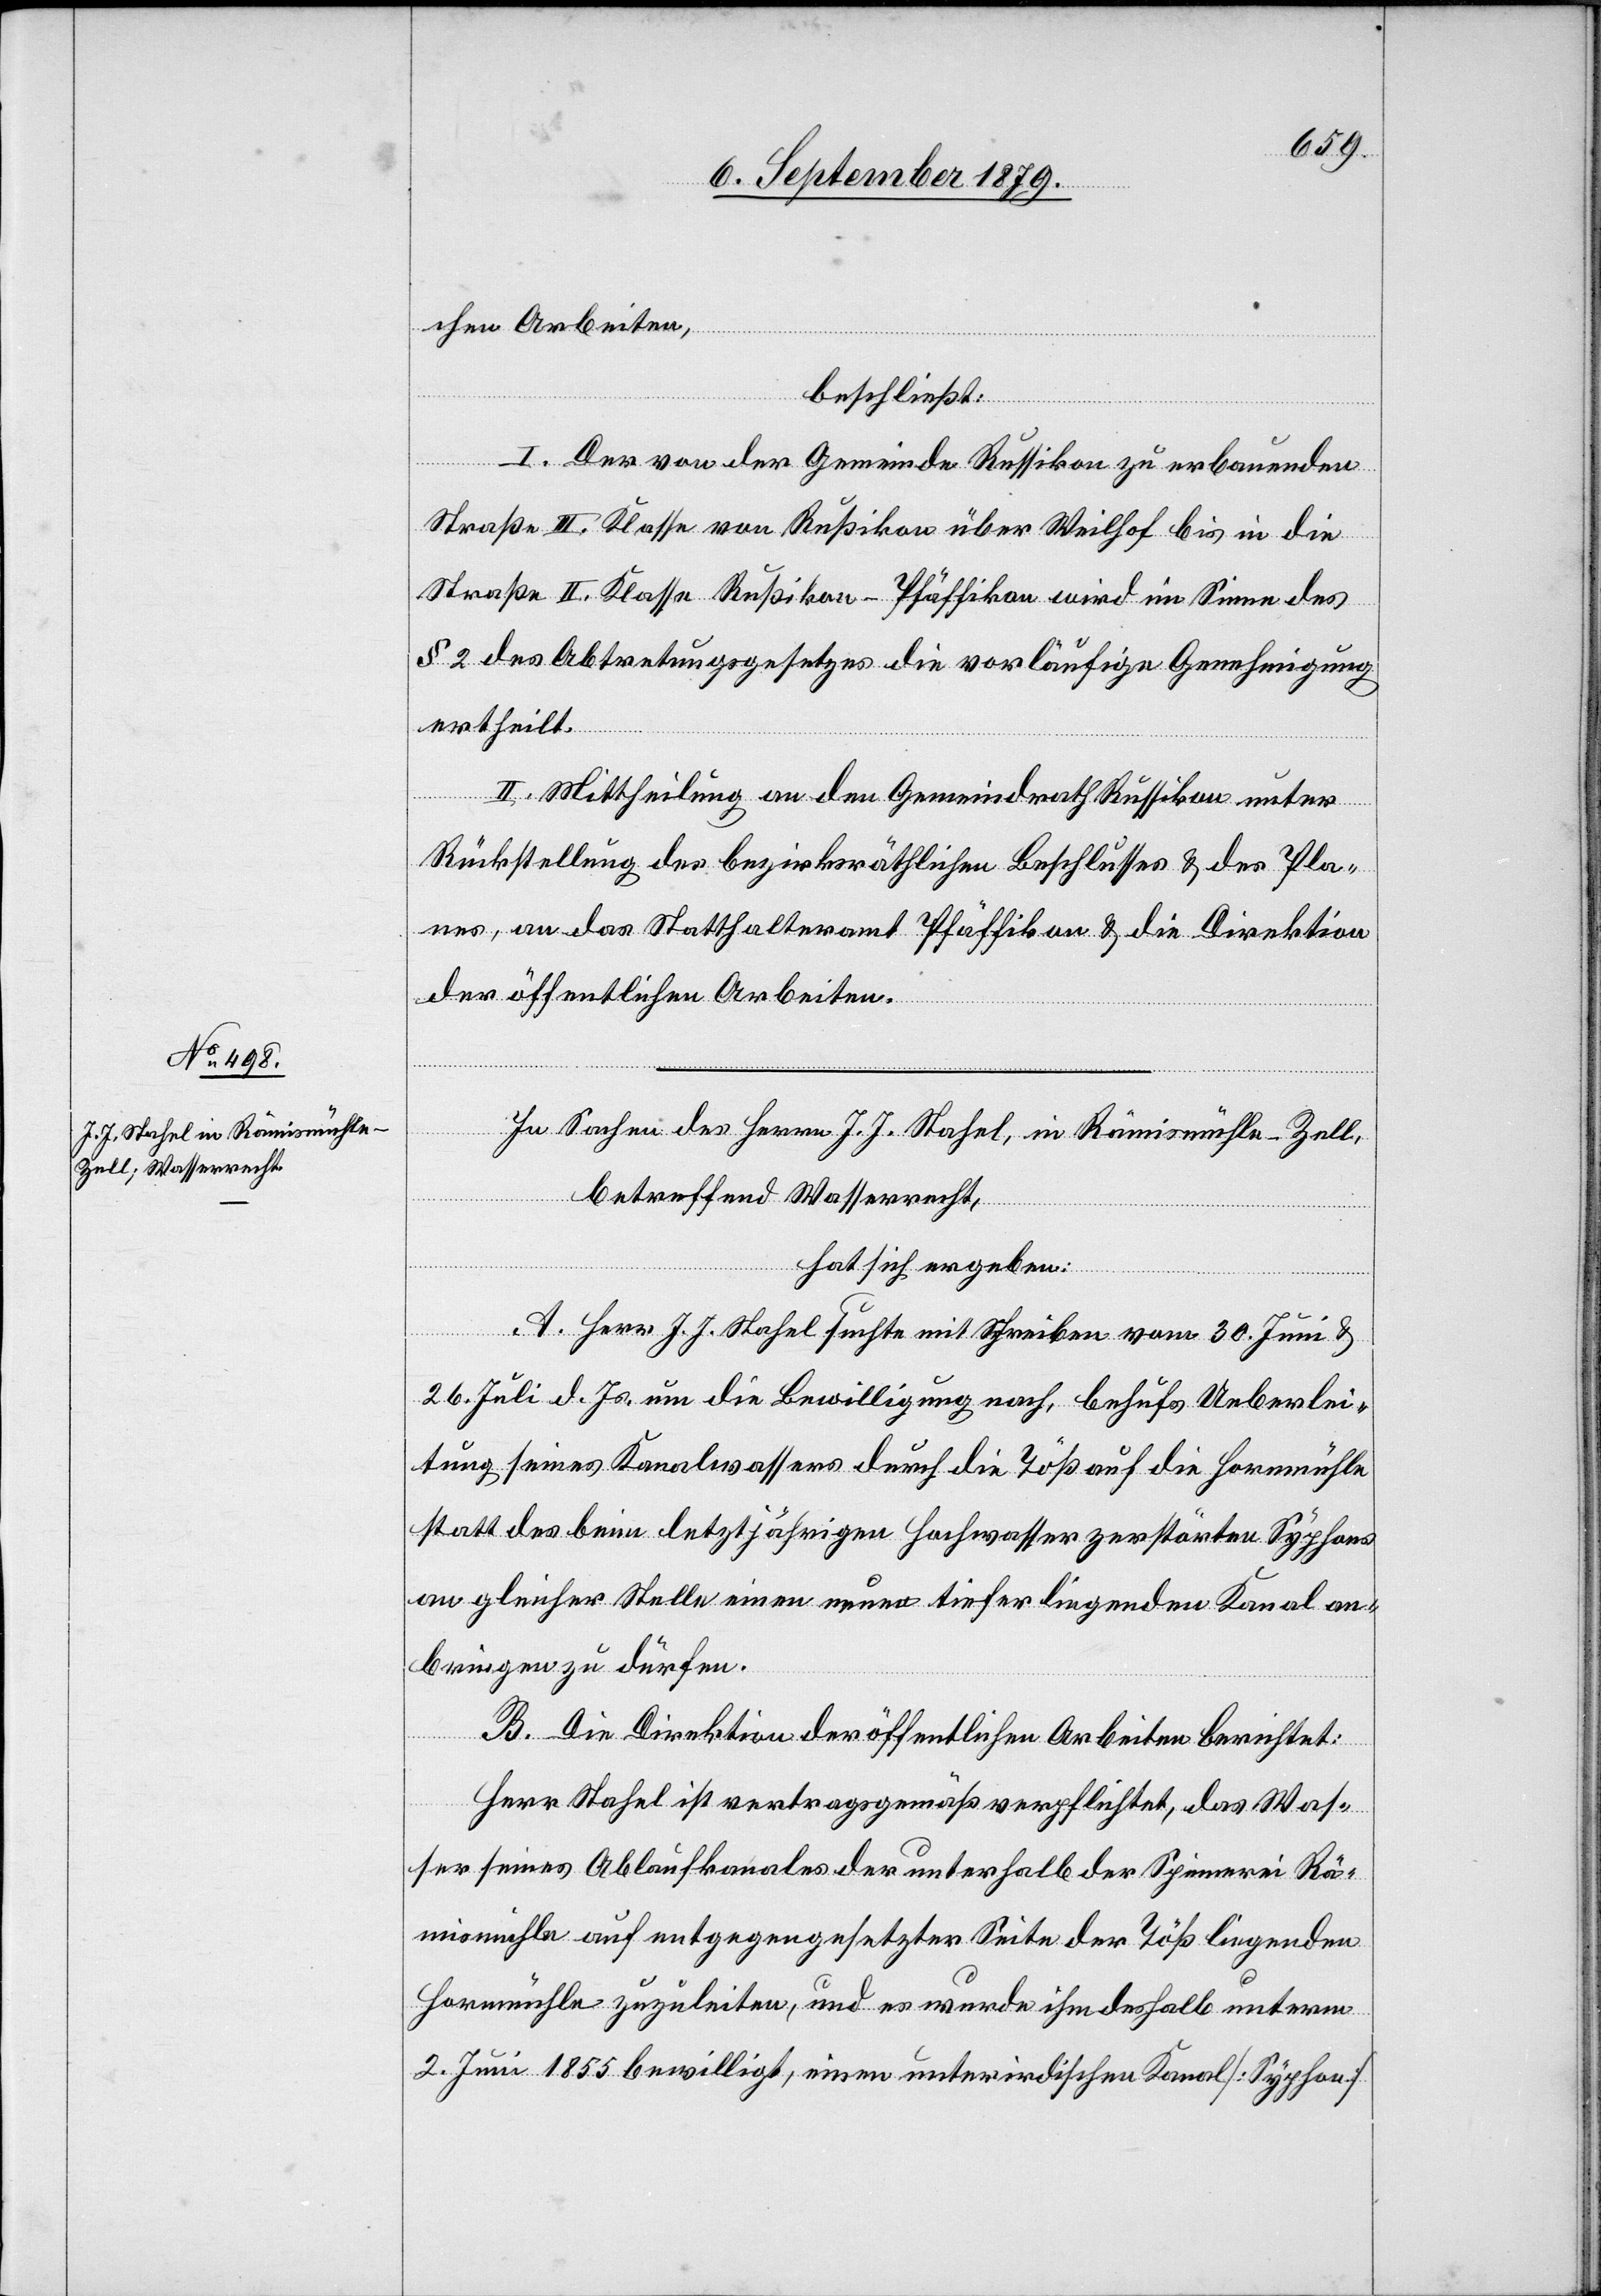
chen Arbeiten,
beschließt:
I. Der von der Gemeinde Russikon zu erbauenden
Straße III. Klasse von Rußikon über Weilhof bis in die
Straße II. Klasse Rußikon–Pfäffikon wird im Sinne des
§ 2 des Abtretungsgesetzes die vorläufige Genehmigung
ertheilt.
II. Mittheilung an den Gemeindrath Russikon unter
Rückstellung der bezirksräthlichen Beschlusses & des Pla¬
nes, an das Statthalteramt Pfäffikon & die Direktion
der öffentlichen Arbeiten.
In Sachen des Herrn J. J. Stahel, in Rämismühle - Zell,
betreffend Wasserrecht,
hat sich ergeben:
A. Herr J. J. Stahel suchte mit Schreiben vom 30. Juni &
26. Juli d. Js. um die Bewilligung nach, behufs Ueberlei¬
tung seines Kanalwassers durch die Töß auf die Hornmühle
statt des beim letztjährigen Hochwasser zerstörten Syphons
an gleicher Stelle einen neuen tiefer liegenden Kanal an¬
bringen zu dürfen.
B. Die Direktion der öffentlichen Arbeiten berichtet:
Herr Stahel ist vertragsgemäß verpflichtet, das Was¬
ser seines Ablaufkanales der unterhalb der Spinnerei Rä¬
mismühle auf entgegengesetzter Seite der Töß liegenden
Hornmühle zuzuleiten, und es wurde ihm deshalb unterm
2. Juni 1855 bewilligt, einen unterirdischen Kanal [Syphon]